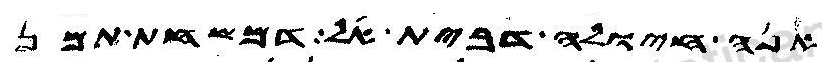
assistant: אנה חיולה דבית אל דמשחת תמן